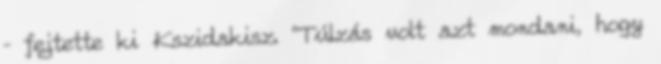
– fejtette ki Kszidakisz. “Túlzás volt azt mondani, hogy